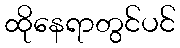
ထိုနေရာတွင်ပင်